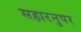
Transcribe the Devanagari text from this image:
सहारनुपर